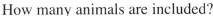
How many animals are included?